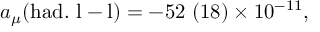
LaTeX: \displaystyle { a _ { \mu } ( \mathrm { h a d . ~ l - l } ) } = \displaystyle { - 5 2 \ ( 1 8 ) \times 1 0 ^ { - 1 1 } } ,